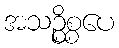
အသဉ္စိစ္စပေ